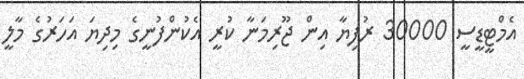
އެމްޓީޑީސީ 30000 ރުފިޔާ އިން ޖޫރިމަނާ ކުރީ އެކުންފުނީގެ މިދިޔަ އަހަރުގެ މާލީ